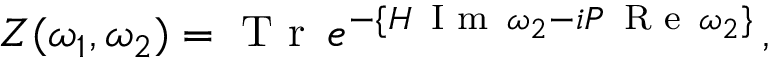
Z ( \omega _ { 1 } , \omega _ { 2 } ) = \textrm { T r } \, e ^ { - \{ H \, \footnotesize \textrm { I m } \normalsize \, \omega _ { 2 } - i P \, \footnotesize \textrm { R e } \normalsize \, \omega _ { 2 } \} } \, ,